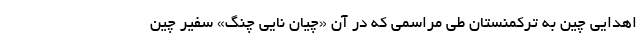
اهدایی چین به ترکمنستان طی مراسمی که در آن «چیان نایی چنگ» سفیر چین